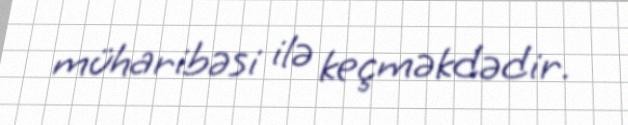
müharibəsi ilə keçməkdədir.